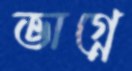
ভাগ্নে